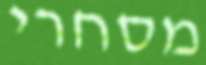
מסחרי